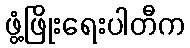
ဖွံ့ဖြိုးရေးပါတီက